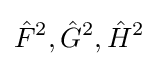
{\hat {F}}^{2},{\hat {G}}^{2},{\hat {H}}^{2}